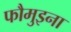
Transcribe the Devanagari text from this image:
फौमुइना